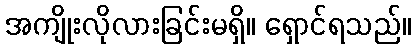
အကျိုးလိုလားခြင်းမရှိ။ ရှောင်ရသည်။